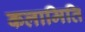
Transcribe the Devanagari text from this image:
कलामिति